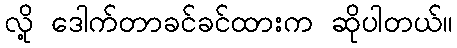
လို့ ဒေါက်တာခင်ခင်ထားက ဆိုပါတယ်။